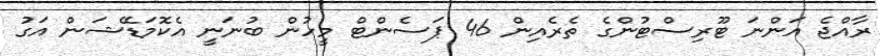
ރާއްޖެ އަންނަ ޓޫރިސްޓުންގެ ތެރެއިން 46 ޕަސެންޓް މީހުން ބުނަނީ އެކޮމަޑޭޝަން އަގު